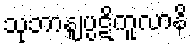
သုဘာနျပ္ပဋိကူလာနိ